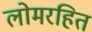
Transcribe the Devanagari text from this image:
लोमरहित